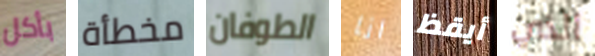
بأكل مخطأة الطوفان انا أيقظ الذي